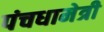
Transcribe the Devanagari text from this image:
पंचधामेत्री